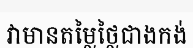
វាមានតម្លៃថ្លៃជាងកង់